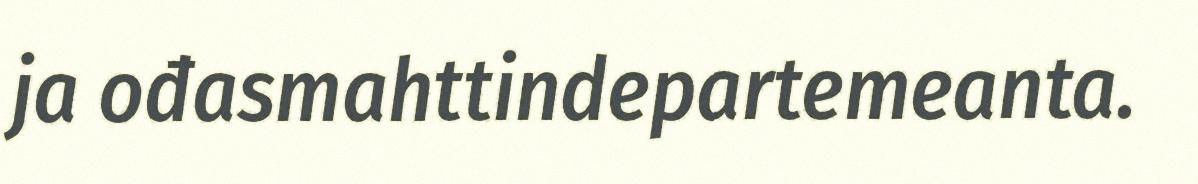
ja ođasmahttindepartemeanta.